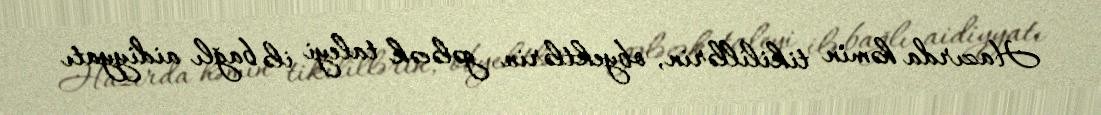
Hazırda həmin tikilillərin, obyektlərin gələcək taleyi ilə bağlı aidiyyatı